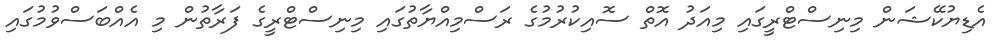
އެޑިޔުކޭޝަން މިނިސްޓްރީގައި މިއަދު އޮތް ސޮއިކުރުމުގެ ރަސްމިއްޔާތުގައި މިނިސްޓްރީގެ ފަރާތުން މި އެއްބަސްވުމުގައި